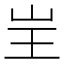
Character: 㞷